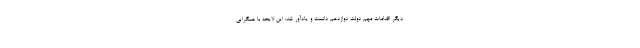
دیگر اقدامات مهم دولت دوازدهم دانست و یادآور شد: این لایحه با همگرایی